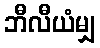
ဘီလီယံမျှ